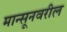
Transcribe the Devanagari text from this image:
मान्सूनवरील